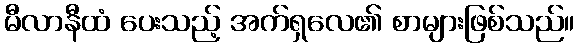
မီလာနီထံ ပေးသည့် အက်ရှလေ၏ စာများဖြစ်သည်။